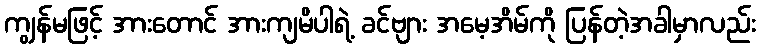
ကျွန်မဖြင့် အားတောင် အားကျမိပါရဲ့ ခင်ဗျား အမေ့အိမ်ကို ပြန်တဲ့အခါမှာလည်း